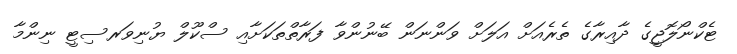
ޓެކްނޯލޮޖީގެ ދާއިރާގެ ތެރެއަށް އަލަށް ވަންނަން ބޭނުންވާ ފަރާތްތަކަށާއި ސްކޫލް ޔުނިވަރސިޓީ ނިންމާ